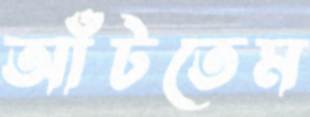
আঁটতেম